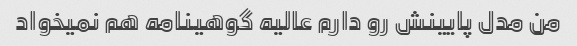
من مدل پایینش رو دارم عالیه گوهینامه هم نمیخواد